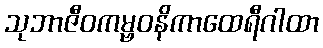
သုဘာဇီဝကမ္ဗဝနိကာထေရီဂါထာ